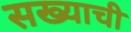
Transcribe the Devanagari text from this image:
सख्याची